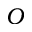
O